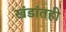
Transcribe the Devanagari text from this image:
खंडांतही